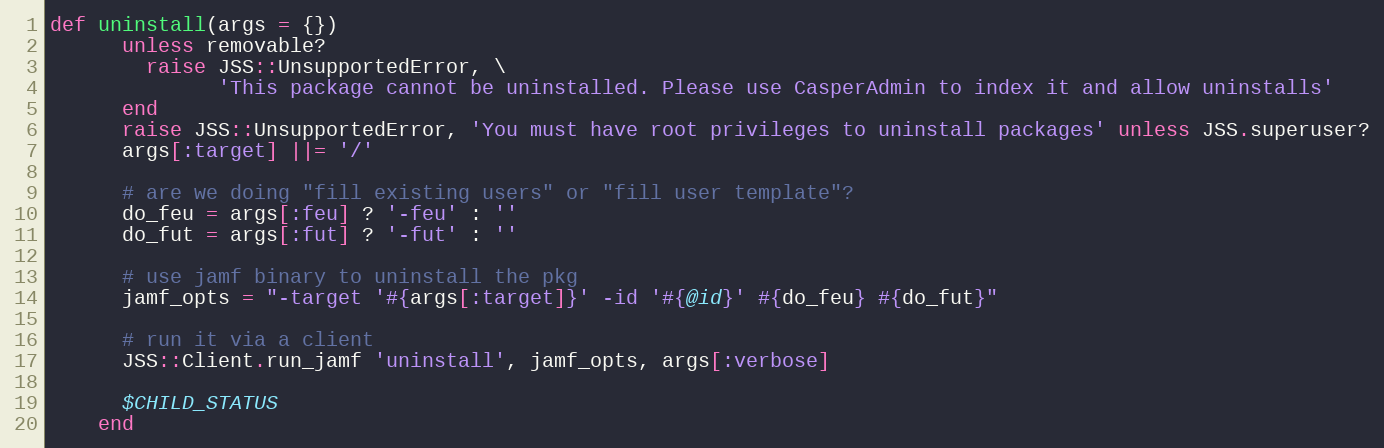
Language: Ruby
def uninstall(args = {})
      unless removable?
        raise JSS::UnsupportedError, \
              'This package cannot be uninstalled. Please use CasperAdmin to index it and allow uninstalls'
      end
      raise JSS::UnsupportedError, 'You must have root privileges to uninstall packages' unless JSS.superuser?
      args[:target] ||= '/'

      # are we doing "fill existing users" or "fill user template"?
      do_feu = args[:feu] ? '-feu' : ''
      do_fut = args[:fut] ? '-fut' : ''

      # use jamf binary to uninstall the pkg
      jamf_opts = "-target '#{args[:target]}' -id '#{@id}' #{do_feu} #{do_fut}"

      # run it via a client
      JSS::Client.run_jamf 'uninstall', jamf_opts, args[:verbose]

      $CHILD_STATUS
    end